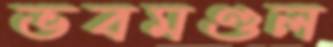
ভবমণ্ডল